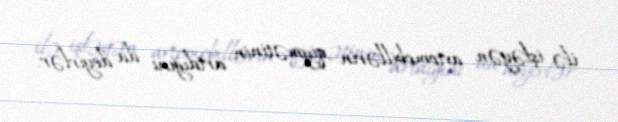
ilə işləyən avtomobillərin qiymətinin artdığını da deyirlər.